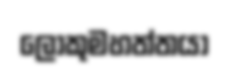
ලොකුමහත්තයා